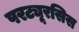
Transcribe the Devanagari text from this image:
परट्यूरसिस